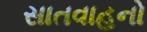
સાતવાહનો